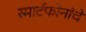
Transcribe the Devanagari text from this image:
स्मार्टफोनांचे